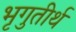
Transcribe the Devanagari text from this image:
भृगुतीर्थ